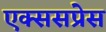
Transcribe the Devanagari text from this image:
एक्ससप्रेस